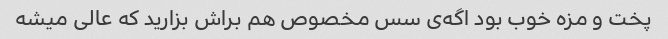
پخت و مزه خوب بود اگه‌ی سس مخصوص هم براش بزارید که عالی میشه